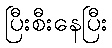
ပြီးစီးနေပြီး